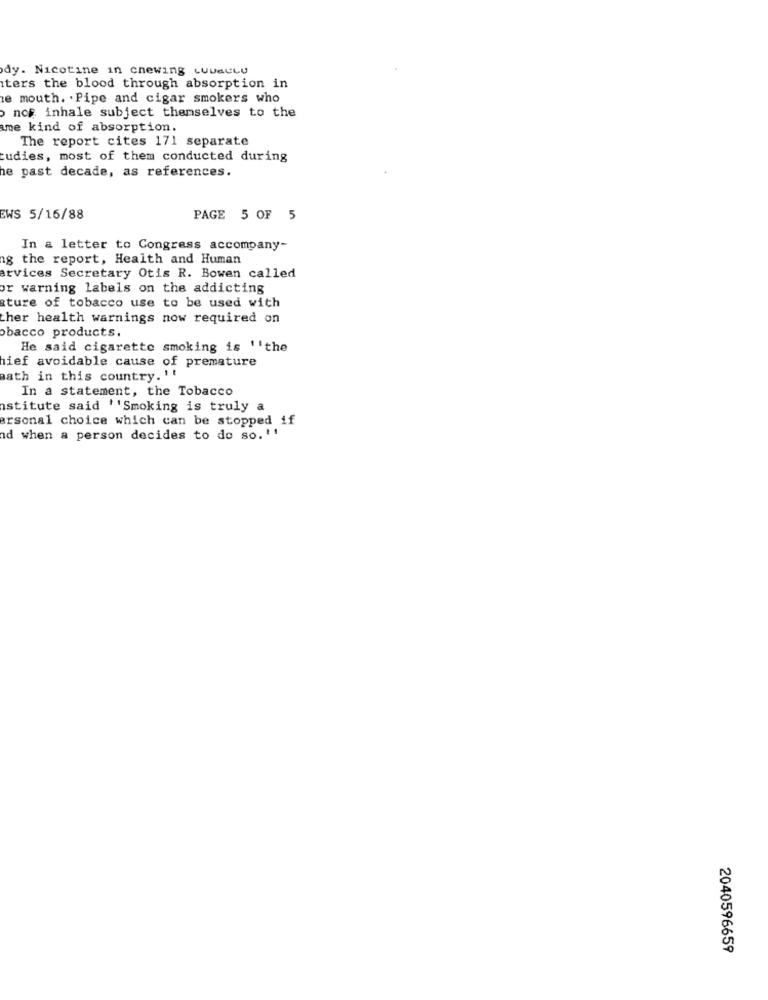
dy. Nicotine in chewing cuautu
ters the blood through absorption in
e mouth. . Pipe and cigar smokers who
nos inhale subject themselves to the
me kind of absorption.
The report cites 171 separate
tudies, most of them conducted during
he past decade, as references.
EWS 5/16/88
PAGE 5 OF 5
In a letter to Congress accompany-
ig the report, Health and Human
ervices Secretary Otis R. Bowen called
or warning labels on the addicting
ture of tobacco use to be used with
ther health warnings now required on
obacco products.
He said cigarette smoking is ''the
hief avoidable cause of premature
Bath in this country. ''
In a statement, the Tobacco
stitute said ''Smoking is truly a
ersonal choice which can be stopped if
nd when a person decides to do so. ''
2040596659